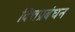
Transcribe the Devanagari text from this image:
वित्तप्रबंधन